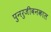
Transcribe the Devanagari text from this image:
पुनरुजीवनकाल